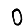
Digit: 0